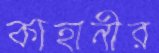
কাহানীর